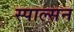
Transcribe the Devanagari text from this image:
स्पाल्सन